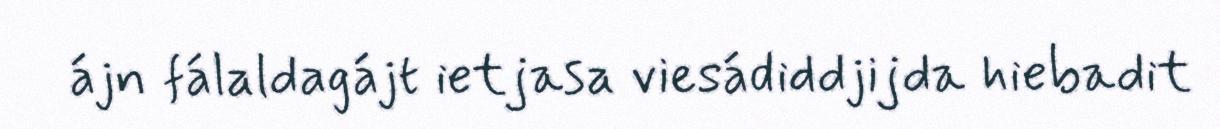
ájn fálaldagájt ietjasa viesádiddjijda hiebadit